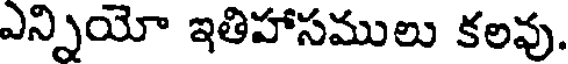
ఎన్నియో ఇతిహాసములు కలవు.